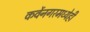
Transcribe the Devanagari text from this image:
कर्वेनगरमध्येही